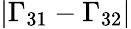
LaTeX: |\Gamma_{31}-\Gamma_{32}|